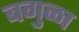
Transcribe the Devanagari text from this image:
बगुळा